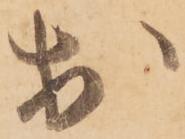
於